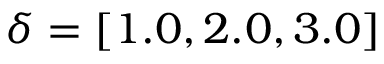
\delta = [ 1 . 0 , 2 . 0 , 3 . 0 ]